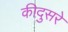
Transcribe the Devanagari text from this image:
कीदुसरे